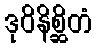
ဒုဝိနိစ္ဆိတံ